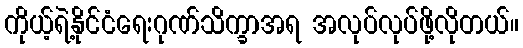
ကိုယ့်ရဲ့နိုင်ငံရေးဂုဏ်သိက္ခာအရ အလုပ်လုပ်ဖို့လိုတယ်။